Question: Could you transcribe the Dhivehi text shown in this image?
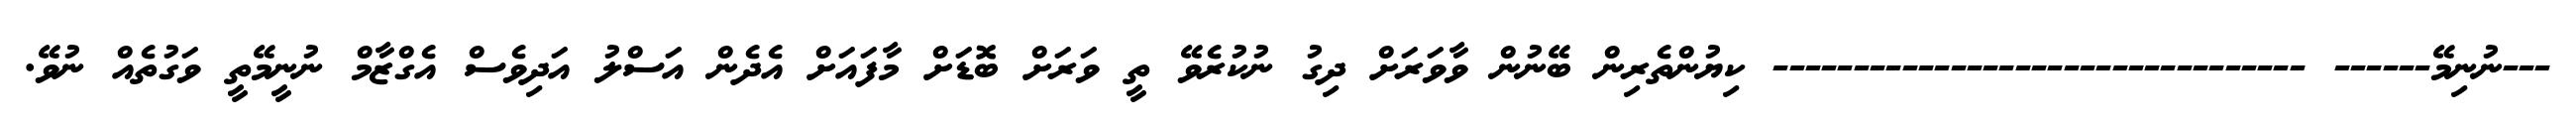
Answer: ---ނުނިމޭ------ --------------------------------- ކިޔުންތެރިން ބޭނުން ވާވަރަށް ދިގު ނުކުރެވޭ ތީ ވަރަށް ބޮޑަށް މާފައަށް އެދެން އަސްލު އަދިވެސް އެގްޒާމް ނުނީމޭތީ ވަގުތެއް ނުވޭ.